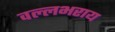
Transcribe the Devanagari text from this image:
वल्‍लभराय